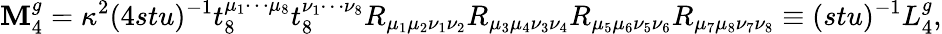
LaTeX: \mathbf{M}_{4}^{g}=\kappa^{2}(4stu)^{-1}t_{8}^{\mu_{1}\cdots\mu_{8}}t_{8}^{\nu_{1}\cdots\nu_{8}}R_{\mu_{1}\mu_{2}\nu_{1}\nu_{2}}R_{\mu_{3}\mu_{4}\nu_{3}\nu_{4}}R_{\mu_{5}\mu_{6}\nu_{5}\nu_{6}}R_{\mu_{7}\mu_{8}\nu_{7}\nu_{8}}\equiv(stu)^{-1}L_{4}^{g},